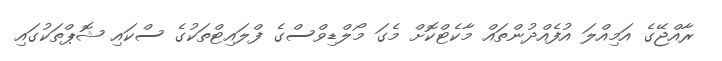
ރާއްޖޭގެ އަމިއްލަ އުފެއްދުންތައް މާކެޓްކޮށް މެގަ މޯލްޑިވްސްގެ ފްލައިޓްތަކުގެ ސްކައި ޝޮޕްތަކުގައި